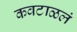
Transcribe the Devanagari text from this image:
कवटाळलं